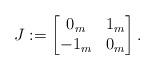
LaTeX: \begin{align*}J:= \begin{bmatrix} 0_m & 1_m \\ -1_m & 0_m\end{bmatrix}.\end{align*}